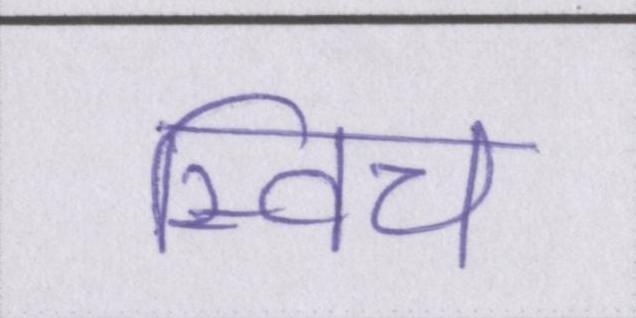
स्विच